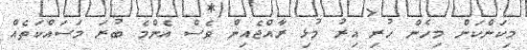
މިކަންކަން މިހެން ހުރި އިރު މުޅި ރާއްޖެއިން ވެސް އެންމެ ބުރަ މަސައްކަތެއް